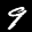
Label: 9